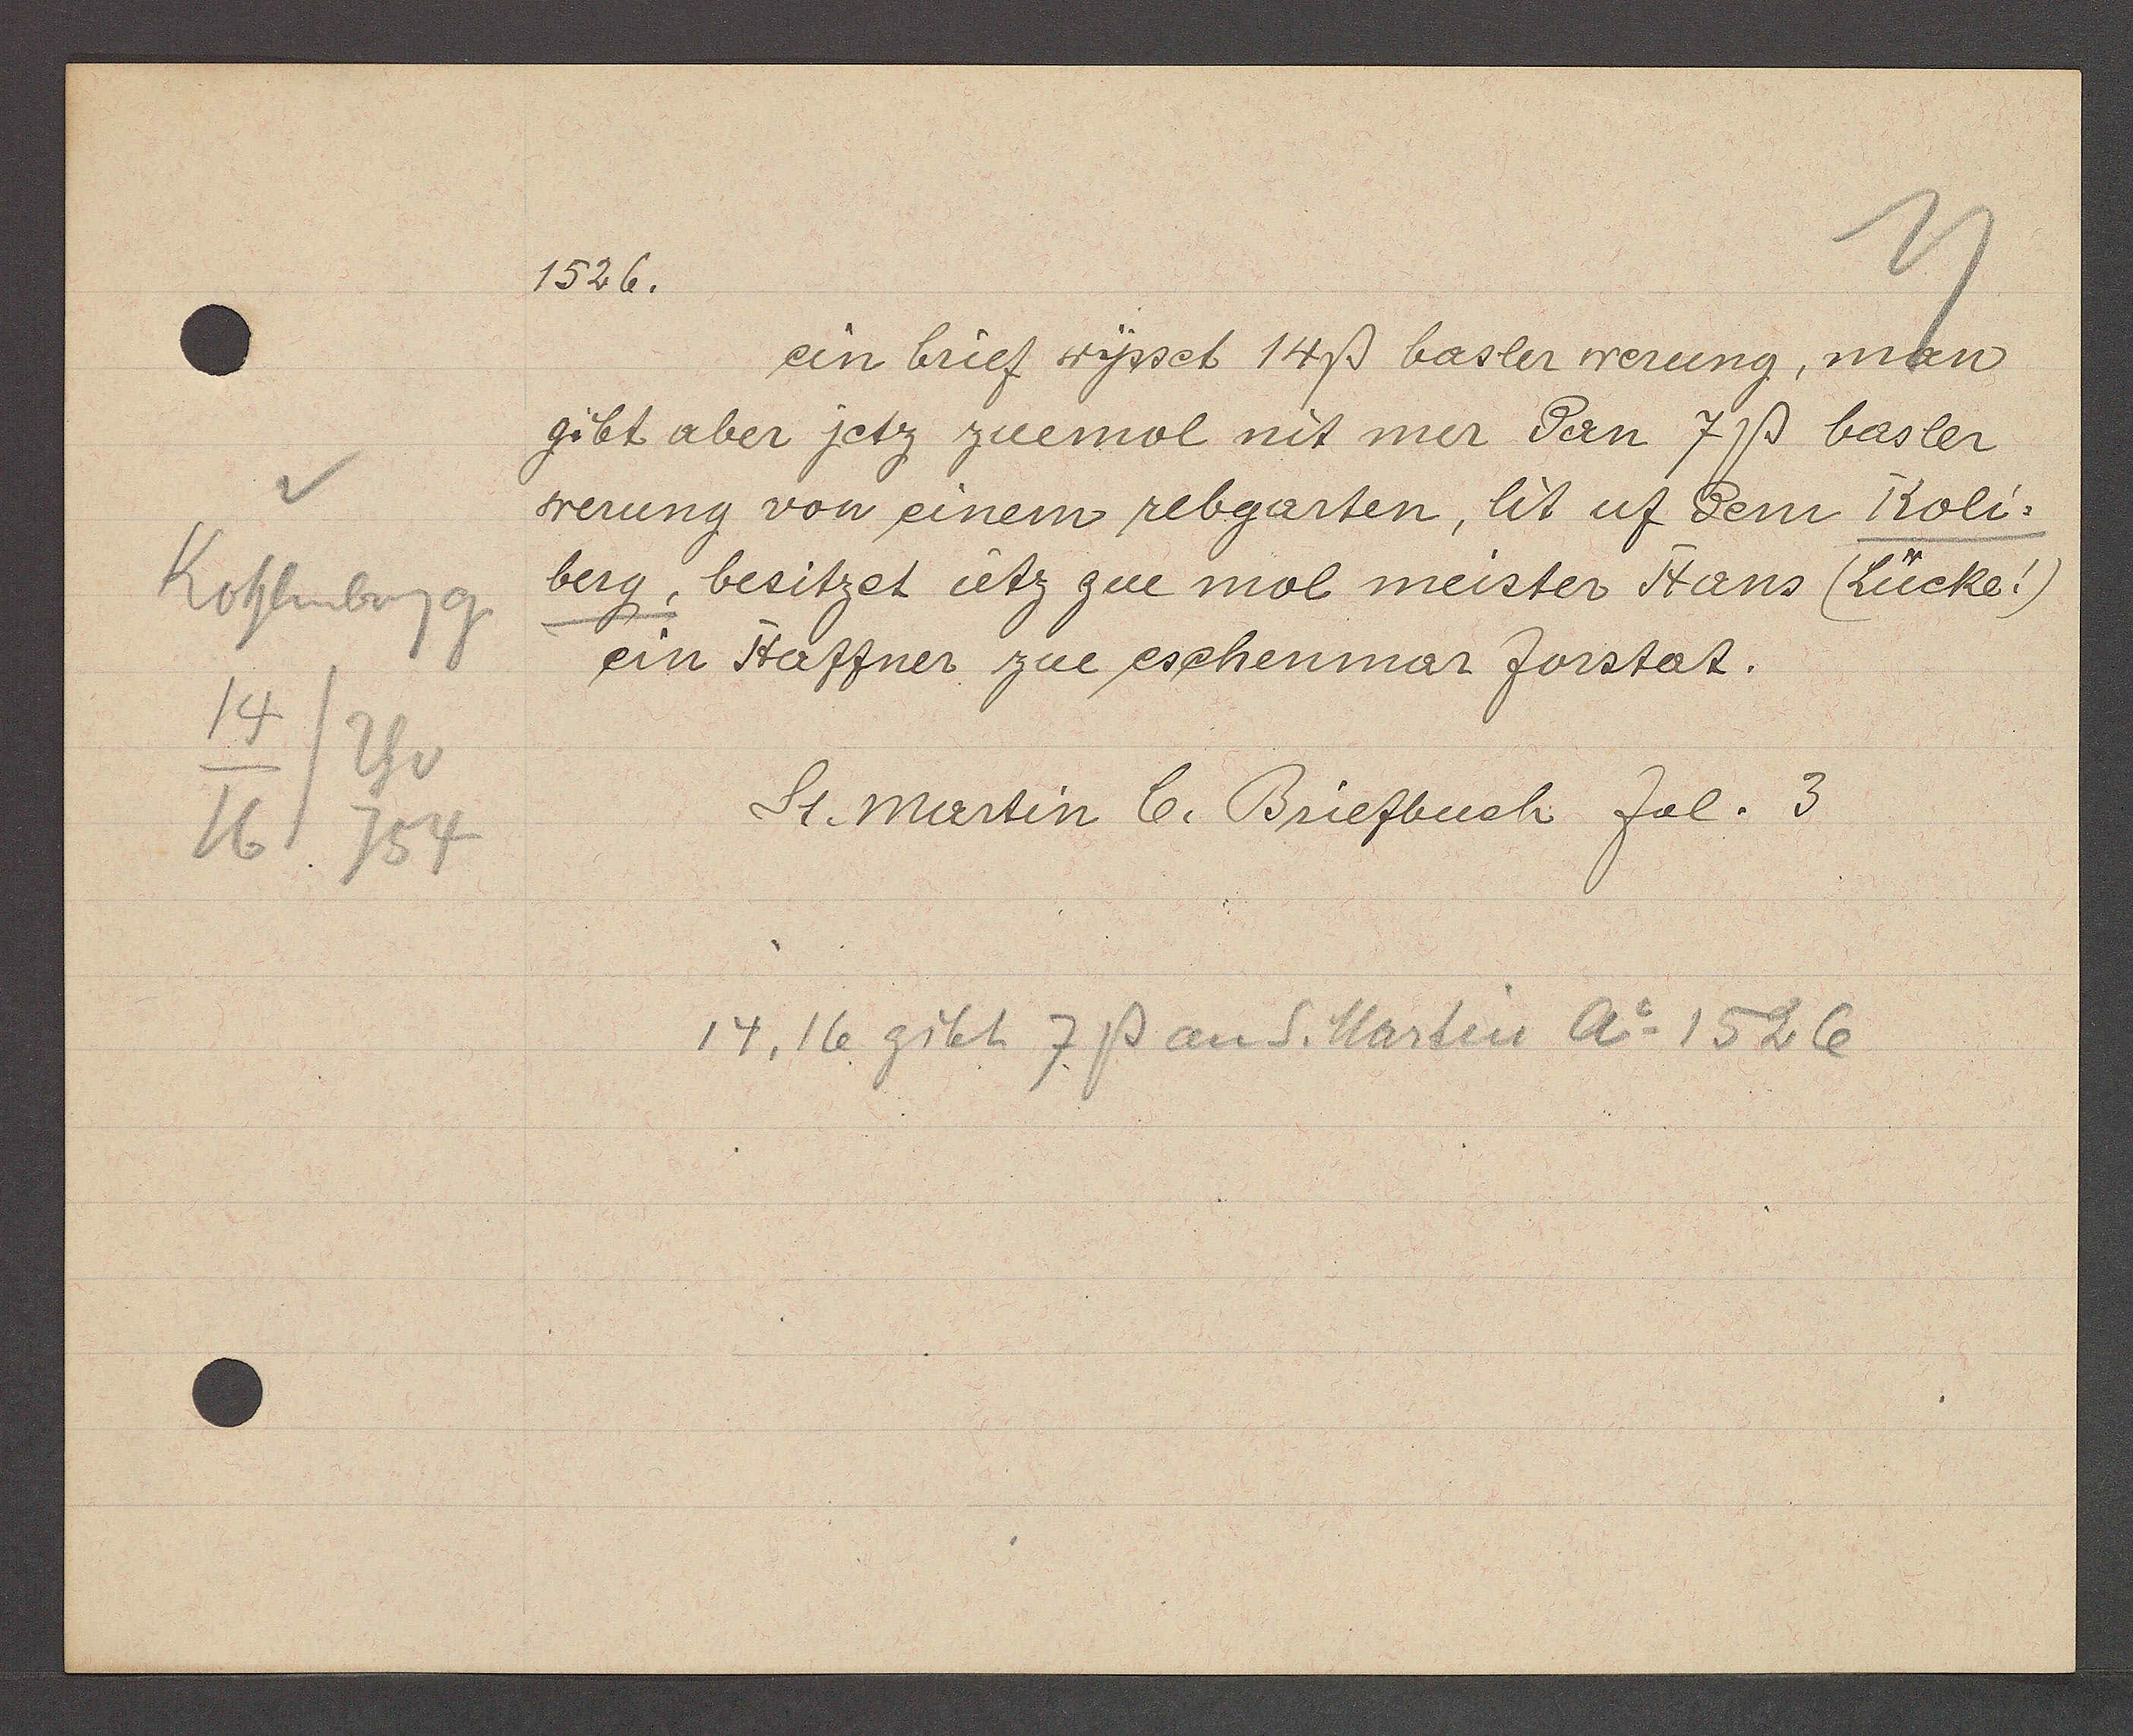
Transcript:
Kohlenberg
14
Th v
16/754

1526.

ein brief wysset 14ß basler werung, man
gibt aber jetz zuemol mit mer dan 7ß basler
werung von einem rebgarten, lit uf dem Koli¬
berg, besitzet ietz zu mol meister Hans (Lücke!)
ein Haffner zu eschenmar forstat.

St. Martin b. Briefbuch fol. 3

14, 16 gibt 7ß an S. Martin Ao 1526